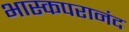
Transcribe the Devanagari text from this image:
भास्कपरानंद